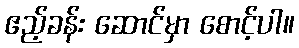
ဧည့်ခန်း ဆောင်မှာ စောင့်ပါ။